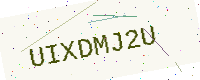
Text: UIXDMJ2U